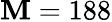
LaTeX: \mathbf{M}=188